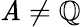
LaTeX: \mathit{A}\neq\mathbb{{Q}}